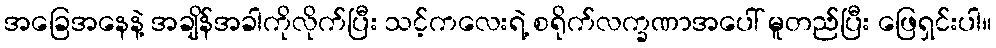
အခြေအနေနဲ့ အချိန်အခါကိုလိုက်ပြီး သင့်ကလေးရဲ့ စရိုက်လက္ခဏာအပေါ် မူတည်ပြီး ဖြေရှင်းပါ။